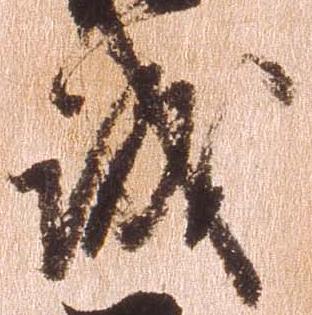
誠